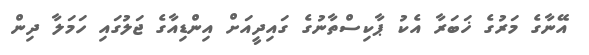
އޭނާގެ މަރުގެ ޚަބަރާ އެކު ޕާކިސްތާނުގެ ގައިދީއަށް އިންޑިއާގެ ޖަލުގައި ހަމަލާ ދިން